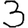
Digit: 3